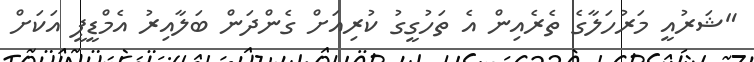
"ޝަރުއީ މަރުހަލާގެ ތެރެއިން އެ ތަހުގީގު ކުރިއަށް ގެންދަން ބަލާއިރު އެމްޑީޕީ އަކަށް